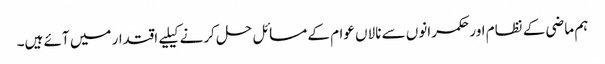
ہم ماضی کے نظام اور حکمرانوں سے نالاں عوام کے مسائل حل کرنے کیلیے اقتدار میں آئے ہیں۔